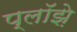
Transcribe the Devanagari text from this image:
प्लॉझ़े